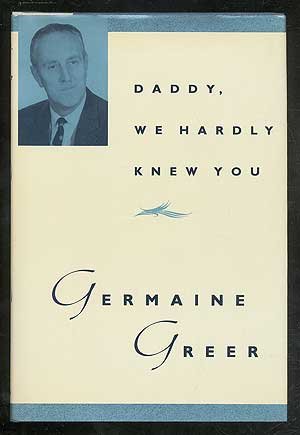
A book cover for Daddy, We Hardly Knew You; Germaine Greer; Biographies & Memoirs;